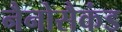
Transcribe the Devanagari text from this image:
नैनोसैकंड